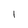
Character: l